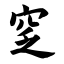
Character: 窆